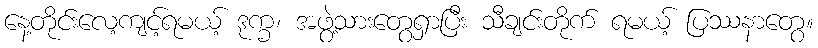
နေ့တိုင်းလေ့ကျင့်ရမယ့် ဒုက္ခ၊ အဖွဲ့သားတွေရှာပြီး သီချင်းတိုက် ရမယ့် ပြဿနာတွေ။